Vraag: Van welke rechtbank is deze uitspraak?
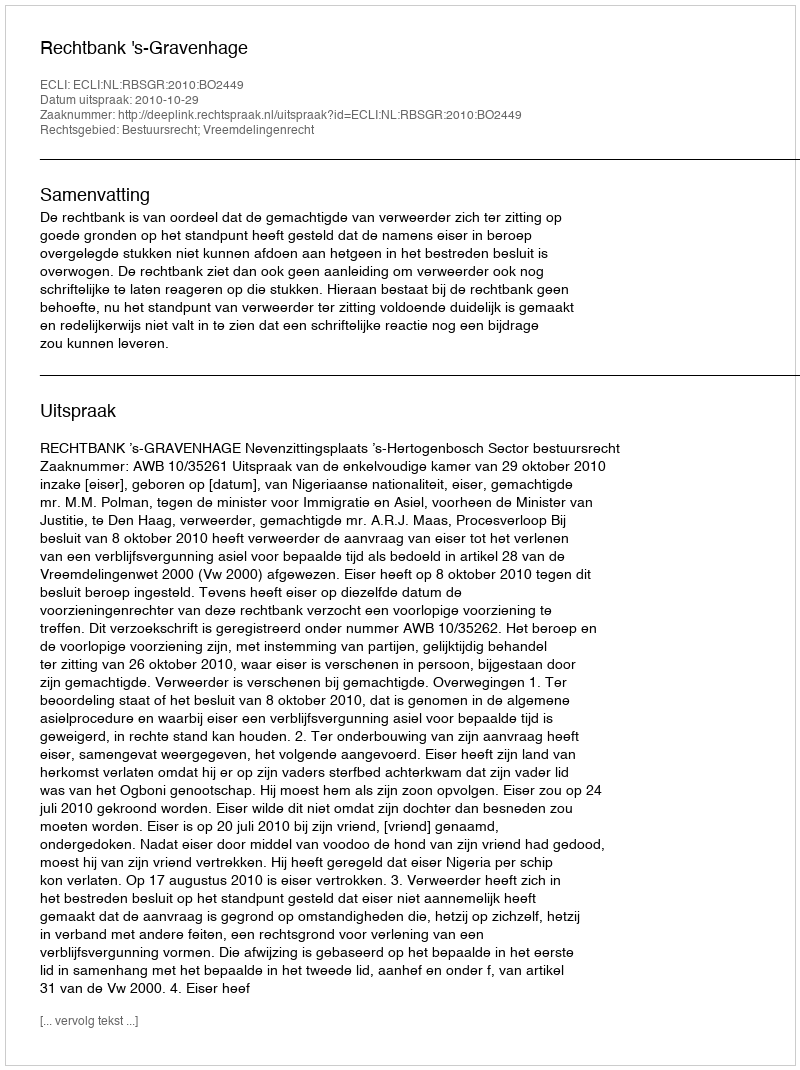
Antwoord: Rechtbank 's-Gravenhage